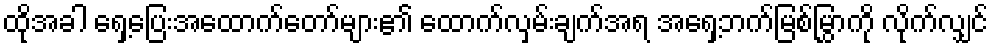
ထိုအခါ ရှေ့ပြေးအထောက်တော်များ၏ ထောက်လှမ်းချက်အရ အရှေ့ဘက်မြစ်မြွှာကို လိုက်လျှင်